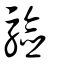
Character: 驗